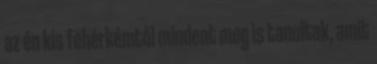
az én kis fehérkémtől mindent meg is tanultak, amit